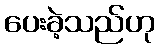
ပေးခဲ့သည်ဟု